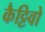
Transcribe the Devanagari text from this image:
कैट्टिवो